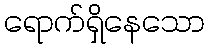
ရောက်ရှိနေသော